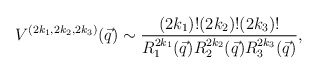
\begin{align*} V^{(2k_1,2k_2,2k_3)}(\vec q) \sim \frac{(2k_1)! (2k_2)! (2k_3)!} {R_1^{2k_1}(\vec q) R_2^{2k_2}(\vec q) R_3^{2k_3}(\vec q)},\end{align*}